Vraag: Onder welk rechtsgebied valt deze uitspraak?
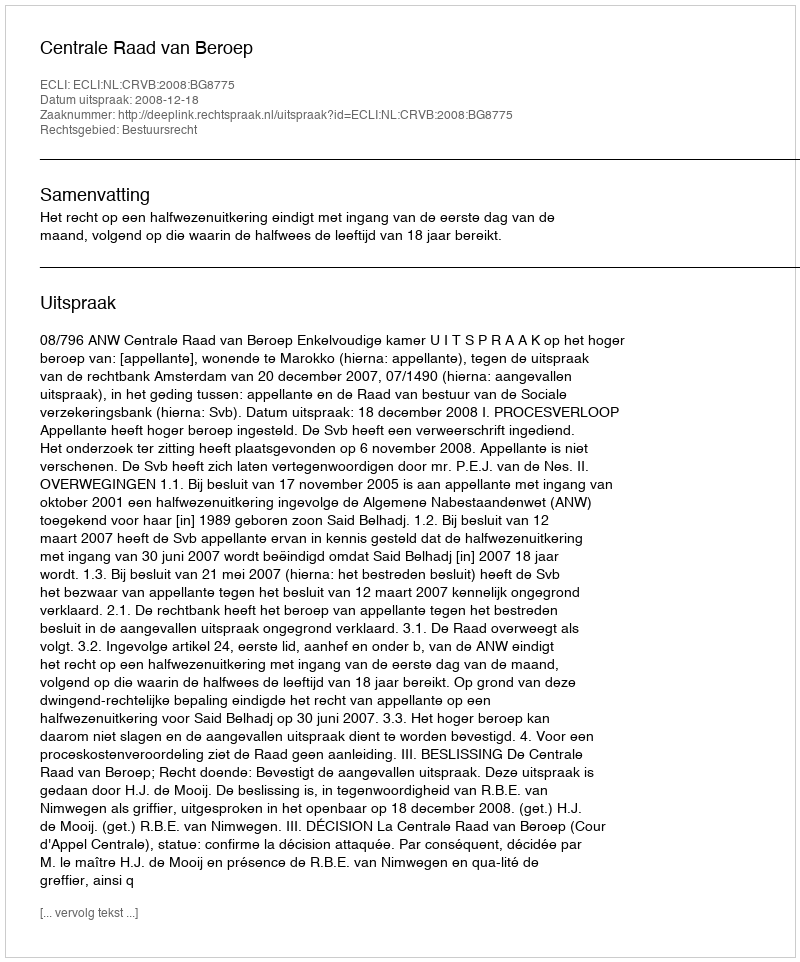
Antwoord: Bestuursrecht